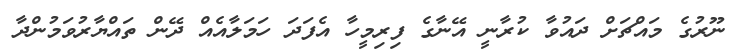
ނޫރުގެ މައްޗަށް ދައުވާ ކުރާނީ އޭނާގެ ފިރިމީހާ އެފަދަ ހަމަލާއެއް ދޭން ތައްޔާރުވަމުންދާ